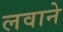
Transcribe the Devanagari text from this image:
लवाने